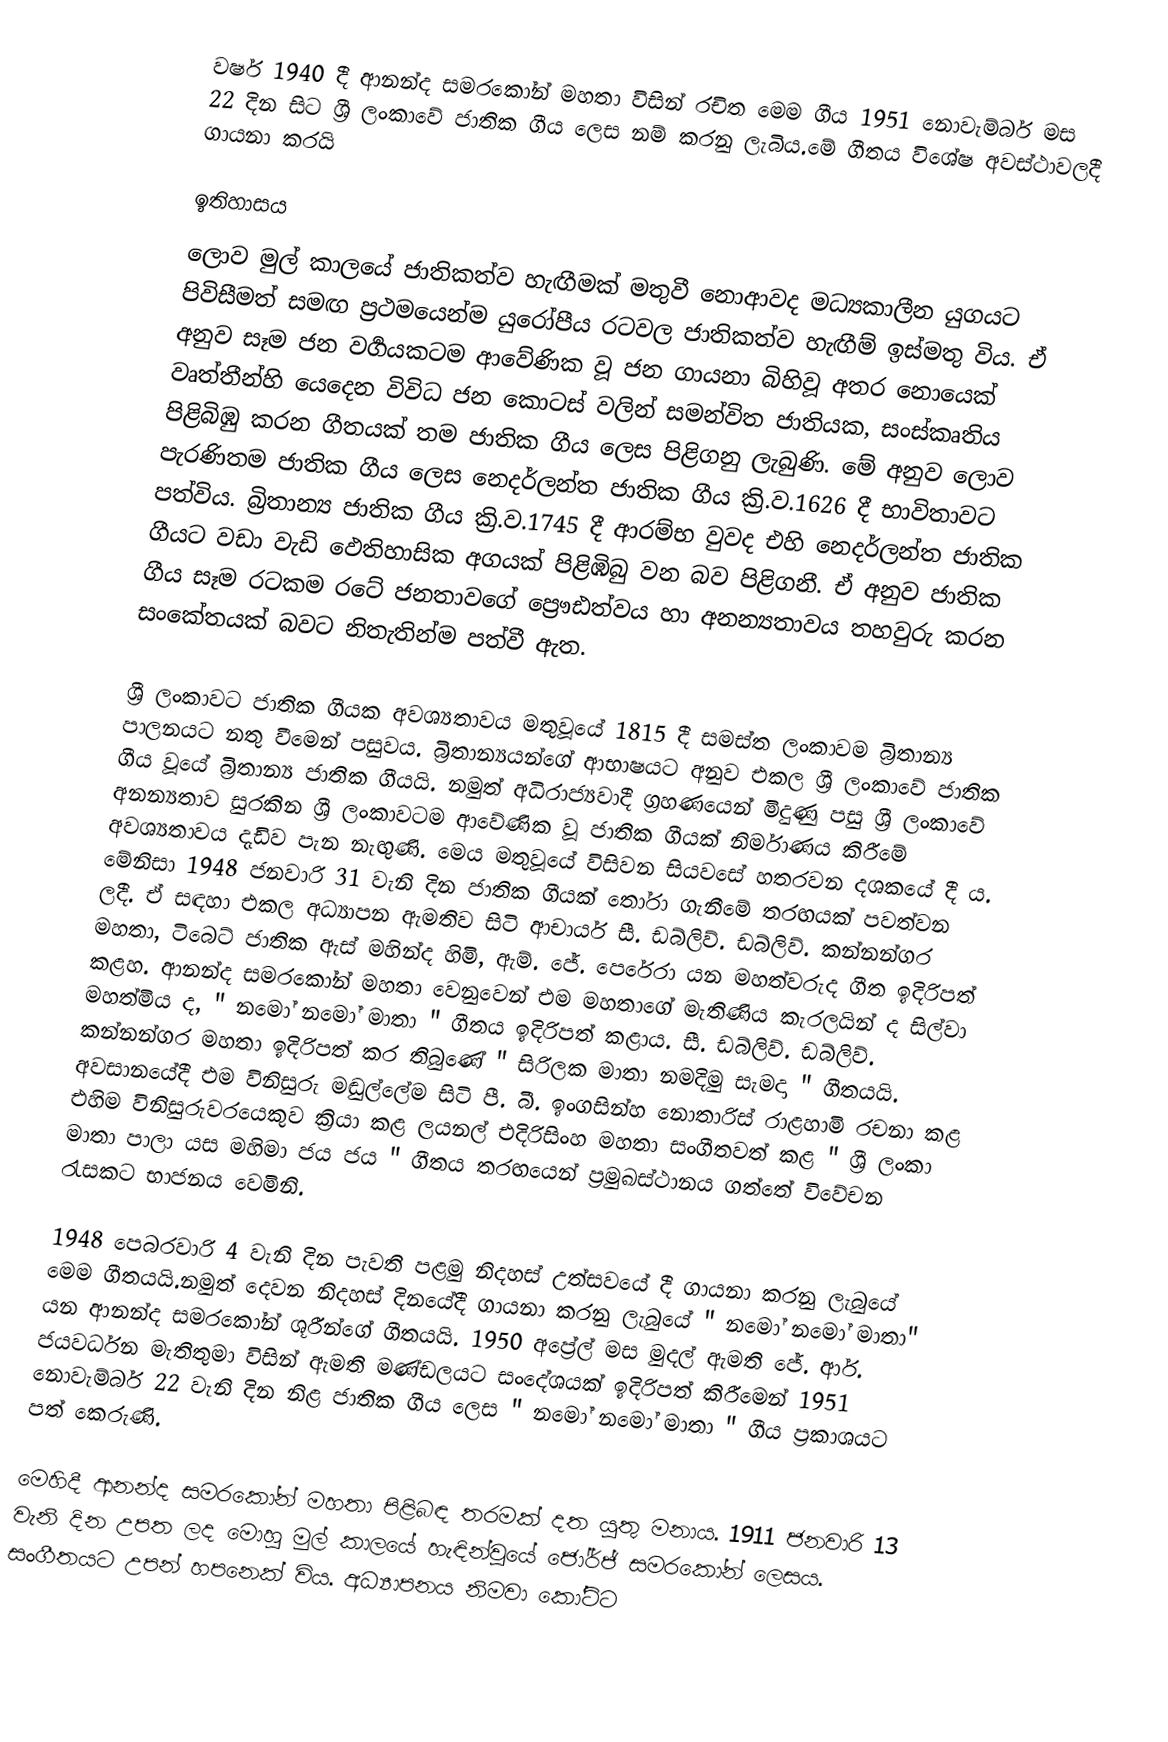
වර්ෂ 1940 දී ආනන්ද සමරකෝන් මහතා විසින් රචිත මෙම ගීය 1951 නොවැම්බර් මස 22 දින සිට ශ්‍රී ලංකාවේ ජාතික ගීය ලෙස නම් කරනු ලැබිය.මේ ගීතය විශේෂ අවස්ථාවලදී ගායනා කරයි

ඉතිහාසය
‍ලොව මුල් කාලයේ ජාතිකත්ව හැඟීමක් මතුවී නොආවද මධ්‍යකාලීන යුගයට පිවිසීමත් සමඟ ප්‍රථමයෙන්ම යුරෝපීය රටවල ජාතිකත්ව හැඟීම් ඉස්මතු විය. ඒ අනුව සෑම ජන වර්‍ගයකටම ආවේණික වූ ජන ගායනා බිහිවූ අතර නොයෙක් වෘත්තීන්හි යෙදෙන විවිධ ජන කොටස් වලින් සමන්විත ජාතියක, සංස්කෘතිය පිළිබිඹු කරන ගීතයක් තම ජාතික ගීය ලෙස පිළිගනු ලැබුණි. මේ අනුව ලොව පැරණිතම ජාතික ගීය ලෙස නෙදර්ලන්ත ජාතික ගීය ක්‍රි.ව.1626 දී භාවිතාවට පත්විය. බ්‍රිතාන්‍ය ජාතික ගීය ක්‍රි.ව.1745 දී ආරම්භ වුවද එහි නෙදර්ලන්ත ජාතික ගීයට වඩා වැඩි ‍ඵෙතිහාසික අගයක් පිළිඹිබු වන බව පිළිගනී. ඒ අනුව ජාතික ගීය සෑම රටකම රටේ ජනතාවගේ ප්‍රෞඪත්වය හා අනන්‍යතාවය තහවුරු කරන සංකේතයක් බවට නිතැතින්ම පත්වී ඇත.

ශ්‍රී ලංකාවට ජාතික ගීයක අවශ්‍යතාවය මතුවූයේ 1815 දී සමස්ත ලංකාවම බ්‍රිතාන්‍ය පාලනයට නතු වීමෙන් පසුවය. බ්‍රිතාන්‍යයන්ගේ ආභාෂයට අනුව එකල ශ්‍රී ලංකාවේ ජාතික ගීය වූයේ බ්‍රිතාන්‍ය ජාතික ගීයයි. නමුත් අධිරාජ්‍යවාදී ග්‍රහණයෙන් මිදුණු පසු ශ්‍රී ලංකාවේ අනන්‍යතාව සුරකින ශ්‍රී ලංකාවටම ආවේණික වූ ජාතික ගීයක් නිර්මාණය කිරීමේ අවශ්‍යතාවය දැඩිව පැන නැඟුණි. මෙය මතුවූයේ විසිවන සියවසේ හතරවන දශකයේ දී ය. මේනිසා 1948 ජනවාරි 31 වැනි දින ජාතික ගීයක් තෝරා ගැනීමේ තරඟයක් පවත්වන ලදී. ඒ සඳහා එකල අධ්‍යාපන ඇමතිව සිටි ආචාර්ය සී. ඩබ්ලිව්. ඩබ්ලිව්. කන්නන්ගර මහතා, ටිබෙට් ජාතික ඇස් මහින්ද හිමි, ඇම්. ජේ. පෙරේරා යන මහත්වරුද ගීත ඉදිරිපත් කළහ. ආනන්ද සමරකෝන් මහතා වෙනුවෙන් එම මහතාගේ මැතිණිය කැරලයින් ද සිල්වා මහත්මිය ද, " නමෝ නමෝ මාතා " ගීතය ඉදිරිපත් කළාය. සී. ඩබ්ලිව්. ඩබ්ලිව්. කන්නන්ගර මහතා ඉදිරිපත් කර තිබුණේ " සිරිලක මාතා නමදිමු සැමදා " ගීතයයි. අවසානයේදී එම විනිසුරු මඬුල්ලේම සිටි පී. බී. ඉංගසින්හ නොතාරිස් රාළහාමි රචනා කළ එහිම විනිසුරුවරයෙකුව ක්‍රියා කළ ලයනල් එදිරිසිංහ මහතා සංගීතවත් කළ  " ශ්‍රී ලංකා මාතා පාලා යස මහිමා ජය ජය " ගීතය තරඟයෙන් ප්‍රමුඛස්ථානය ගත්තේ විවේචන රැසකට භාජනය වෙමිනි.

1948 පෙබරවාරි 4 වැනි දින පැවති පළමු නිදහස් උත්සවයේ දී ගායනා කරනු ලැබුයේ මෙම ගීතයයි.නමුත් දෙවන නිදහස් දිනයේදී ගායනා කරනු ලැබුයේ " නමෝ නමෝ මාතා" යන ආනන්ද සමරකෝන් ශූරීන්ගේ ගීතයයි. 1950  අප්‍රේල් මස මුදල් ඇමති ජේ. ආර්. ජයවර්ධන මැතිතුමා විසින් ඇමති මණ්ඩලයට සංදේශයක් ඉදිරිපත් කිරීමෙන් 1951 නොවැම්බර් 22 වැනි දින නිළ ජාතික ගීය ලෙස " නමෝ නමෝ මාතා " ගීය ප්‍රකාශයට පත් කෙරුණි.

මෙහිදී ආනන්ද සමරකෝන් මහතා පිළිබඳ තරමක් දත යුතු මනාය. 1911 ජනවාරි 13 වැනි දින උපත ලද මොහු මුල් කාලයේ හැඳින්වූයේ ජෝර්ජ් සමරකෝන් ලෙසය. සංගීතයට උපන් හපනෙක් විය. අධ්‍යාපනය නිමවා කෝට්ට